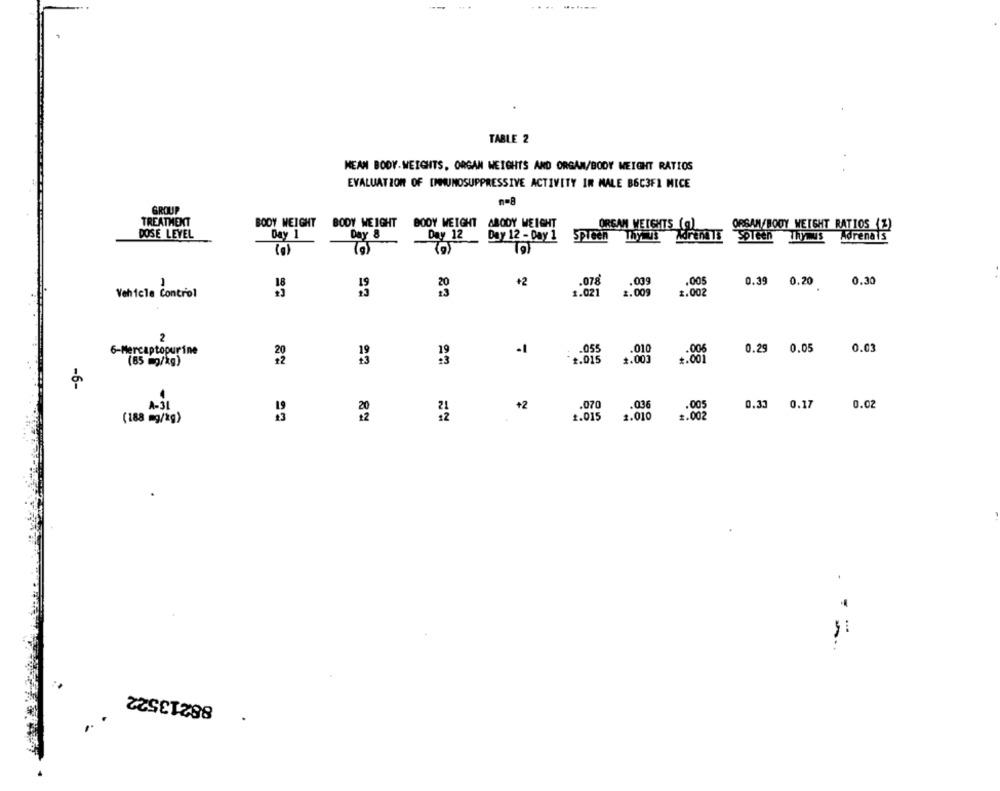
TABLE 2
MEAN BODY.WEIGHTS, ORGAN WEIGHTS AND ORGAN/BODY WEIGHT RATIOS
EVALUATION OF IMMUNOSUPPRESSIVE ACTIVITY IR MALE B6C3F1 MICE
n=8
GROUP
TREATMENT
BODY WEIGHT
BODY WEIGHT
BODY WEIGHT ABODY WEIGHT
ORGAN WEIGHTS (@)
ORSAN/BODY WEIGHT RATIOS (%)
DOSE LEVEL
Day 1
Day 8
Day 12
Day 12 - Day 1
Spleen Thymus Adrenals Spleen Thymus Adrenais
(0)
+2
.078
.009
.005
0.39 0.20
0.30
Vehicle Control
1.02]
2.009
1.002
2
.055
.010
0.29 0.05
0.03
6-Mercaptopurine
.006
(85 mg/kg)
20
1.015
1.003
-6-
+2
.070
.036
A-31
.005
0.33 0.17
0.02
(188 mg/kg)
82
1.015
2.010
1.002
88213522